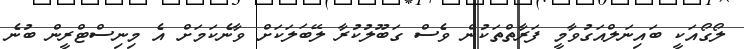
ލޯގޯއަކީ ބައިނަލްއަގުވާމީ ފަރާތްތަކުން ވެސް ގަބޫލުކުރާ ލޭބަލަކަށް ވާނެކަމަށް އެ މިނިސްޓްރީން ބުނެ